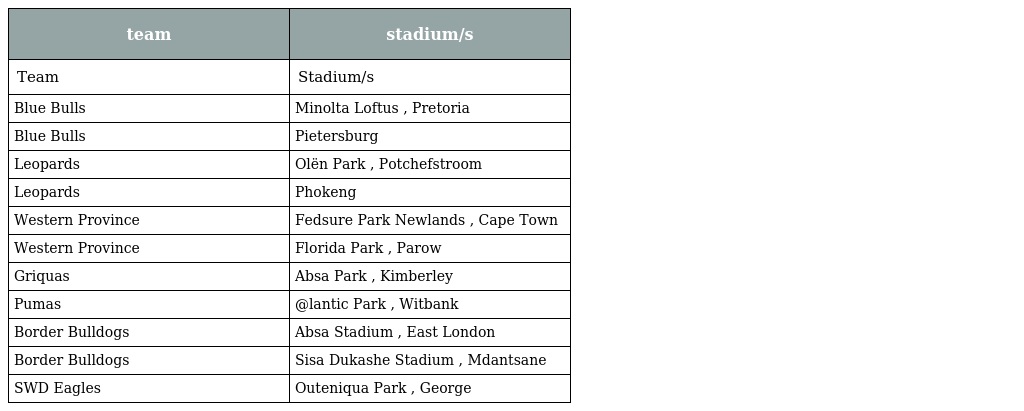
| team | stadium/s |
 | --- | --- |
 | Team | Stadium/s |
 | Blue Bulls | Minolta Loftus , Pretoria |
 | Blue Bulls | Pietersburg |
 | Leopards | Olën Park , Potchefstroom |
 | Leopards | Phokeng |
 | Western Province | Fedsure Park Newlands , Cape Town |
 | Western Province | Florida Park , Parow |
 | Griquas | Absa Park , Kimberley |
 | Pumas | @lantic Park , Witbank |
 | Border Bulldogs | Absa Stadium , East London |
 | Border Bulldogs | Sisa Dukashe Stadium , Mdantsane |
 | SWD Eagles | Outeniqua Park , George |